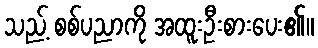
သည့် စစ်ပညာကို အထူးဦးစားပေး၏။